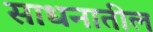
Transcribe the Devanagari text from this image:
साधनातील